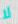
لا